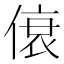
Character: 𫣐